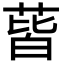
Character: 蒈